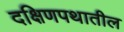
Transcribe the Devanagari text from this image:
दक्षिणपथातील